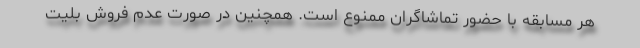
هر مسابقه با حضور تماشاگران ممنوع است. همچنین در صورت عدم فروش بلیت